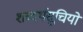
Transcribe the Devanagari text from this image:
शब्दर्थसूचियों